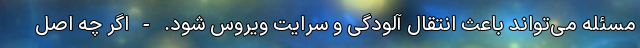
مسئله می‌تواند باعث انتقال آلودگی و سرایت ویروس شود. - اگر چه اصل